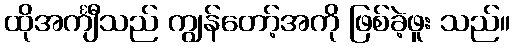
ထိုအင်္ကျီသည် ကျွန်တော့်အကို ဖြစ်ခဲ့ဖူး သည်။